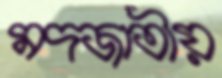
মদজাতীয়